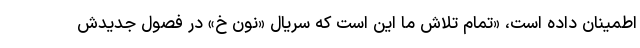
اطمینان داده است، «تمام تلاش ما این است که سریال «نون خ» در فصول جدیدش